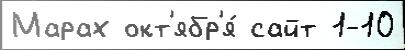
Марах окт'ябр'я́ сайт 1-10